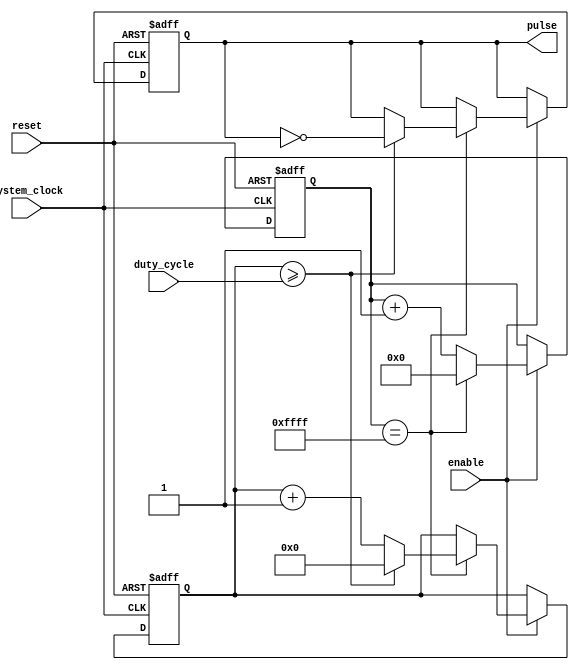
module Timing_Control_Synchronization_Block (
    input system_clock,
    input reset,
    input enable,
    input [7:0] duty_cycle,
    output reg pulse
);

reg [7:0] duty_counter;
reg [15:0] clock_counter;
reg clock_divider;

always @ (posedge system_clock or posedge reset) begin
    if (reset) begin
        duty_counter <= 8'h00;
        clock_counter <= 16'h0000;
        clock_divider <= 1'b0;
        pulse <= 1'b0;
    end else begin
        if (enable) begin
            if (clock_counter == 16'hffff) begin
                clock_counter <= 16'h0000;
                clock_divider <= ~clock_divider;
                
                if (duty_counter >= duty_cycle) begin
                    duty_counter <= 8'h00;
                    pulse <= ~pulse;
                end else begin
                    duty_counter <= duty_counter + 1;
                end
            end else begin
                clock_counter <= clock_counter + 1;
            end
        end
    end
end

endmodule